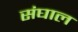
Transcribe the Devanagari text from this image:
संघाल